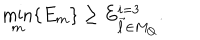
\min _ { m } \{ E _ { m } \} \ge E _ { \vec { \ell } \in M _ { Q } } ^ { i = 3 } .